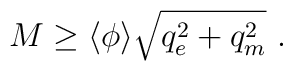
M \geq \langle \phi \rangle  \sqrt{q_e^2 +q_m^2}\ .